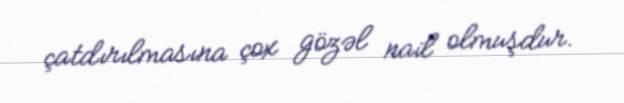
çatdırılmasına çox gözəl nail olmuşdur.